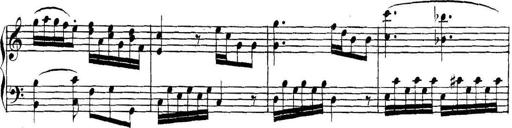
Title: Collected Piano Sonatas
Composer: Muzio Clementi